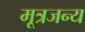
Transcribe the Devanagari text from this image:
मूत्रजन्य